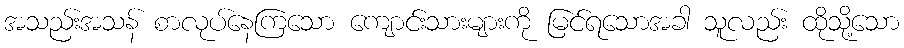
အသည်းအသန် စာလုပ်နေကြသော ကျောင်းသားများကို မြင်ရသောအခါ သူလည်း ထိုသို့သော